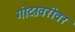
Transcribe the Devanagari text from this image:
गोदावरीवर